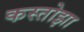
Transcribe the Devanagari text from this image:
कस्तोझा